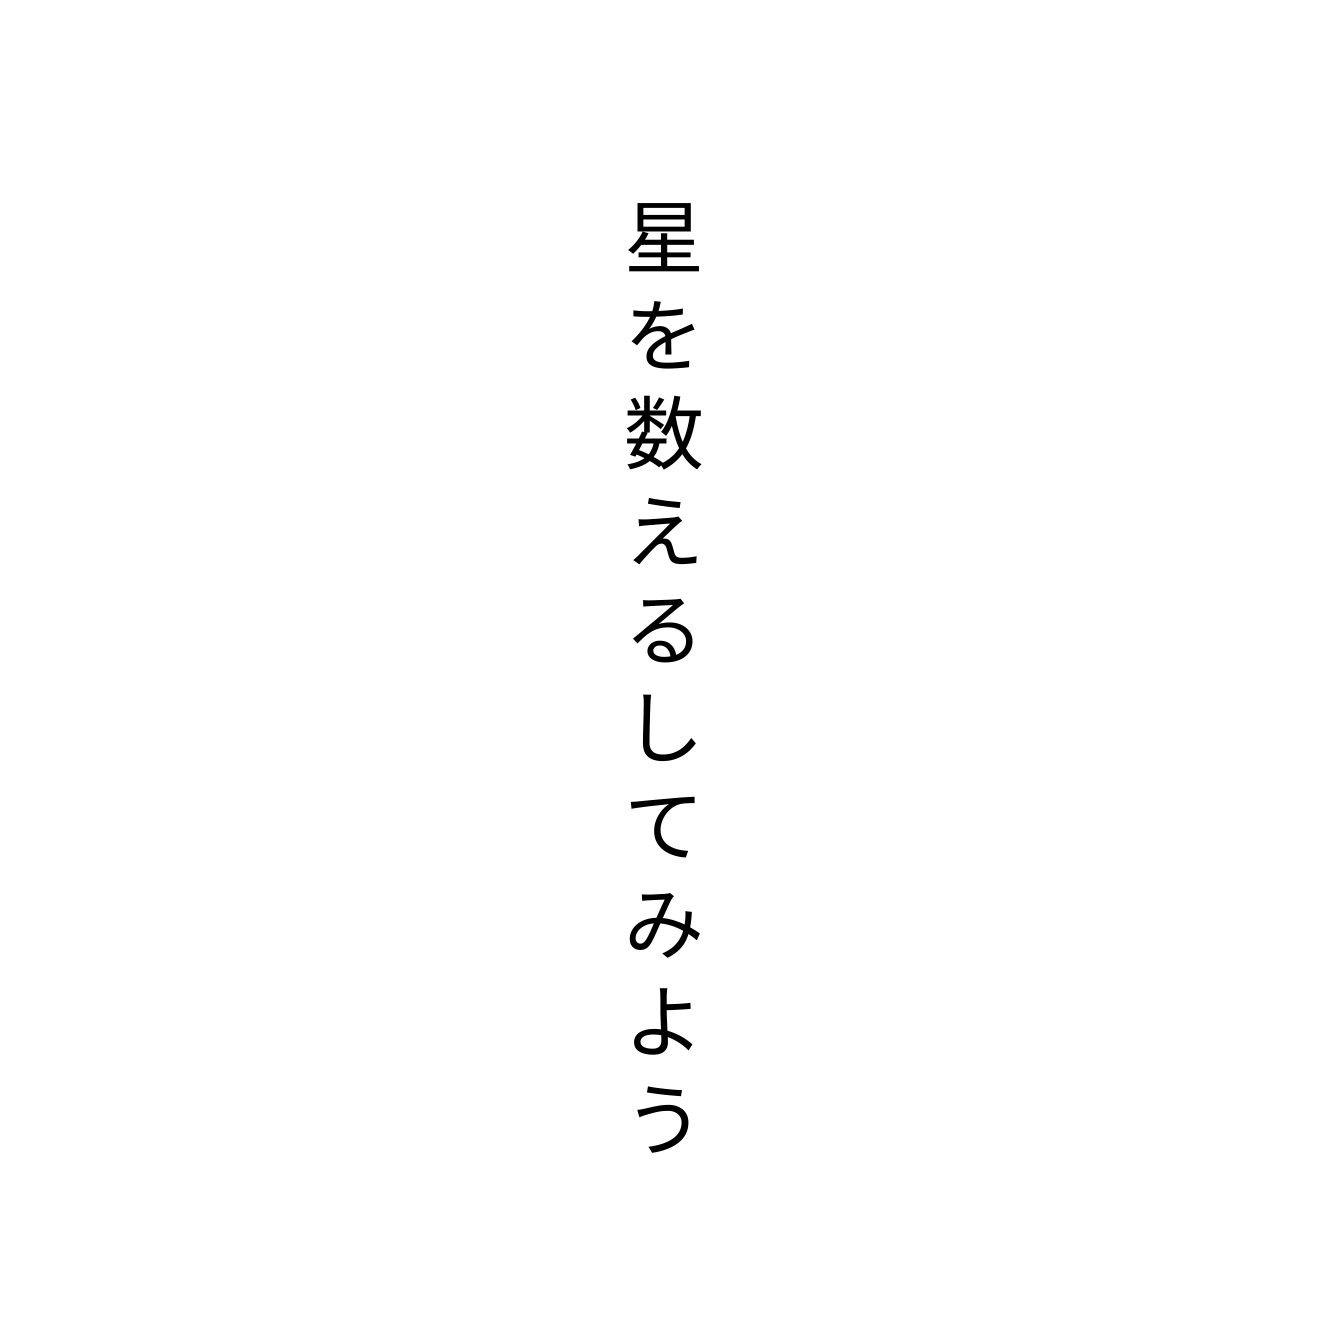
星を数えるしてみよう